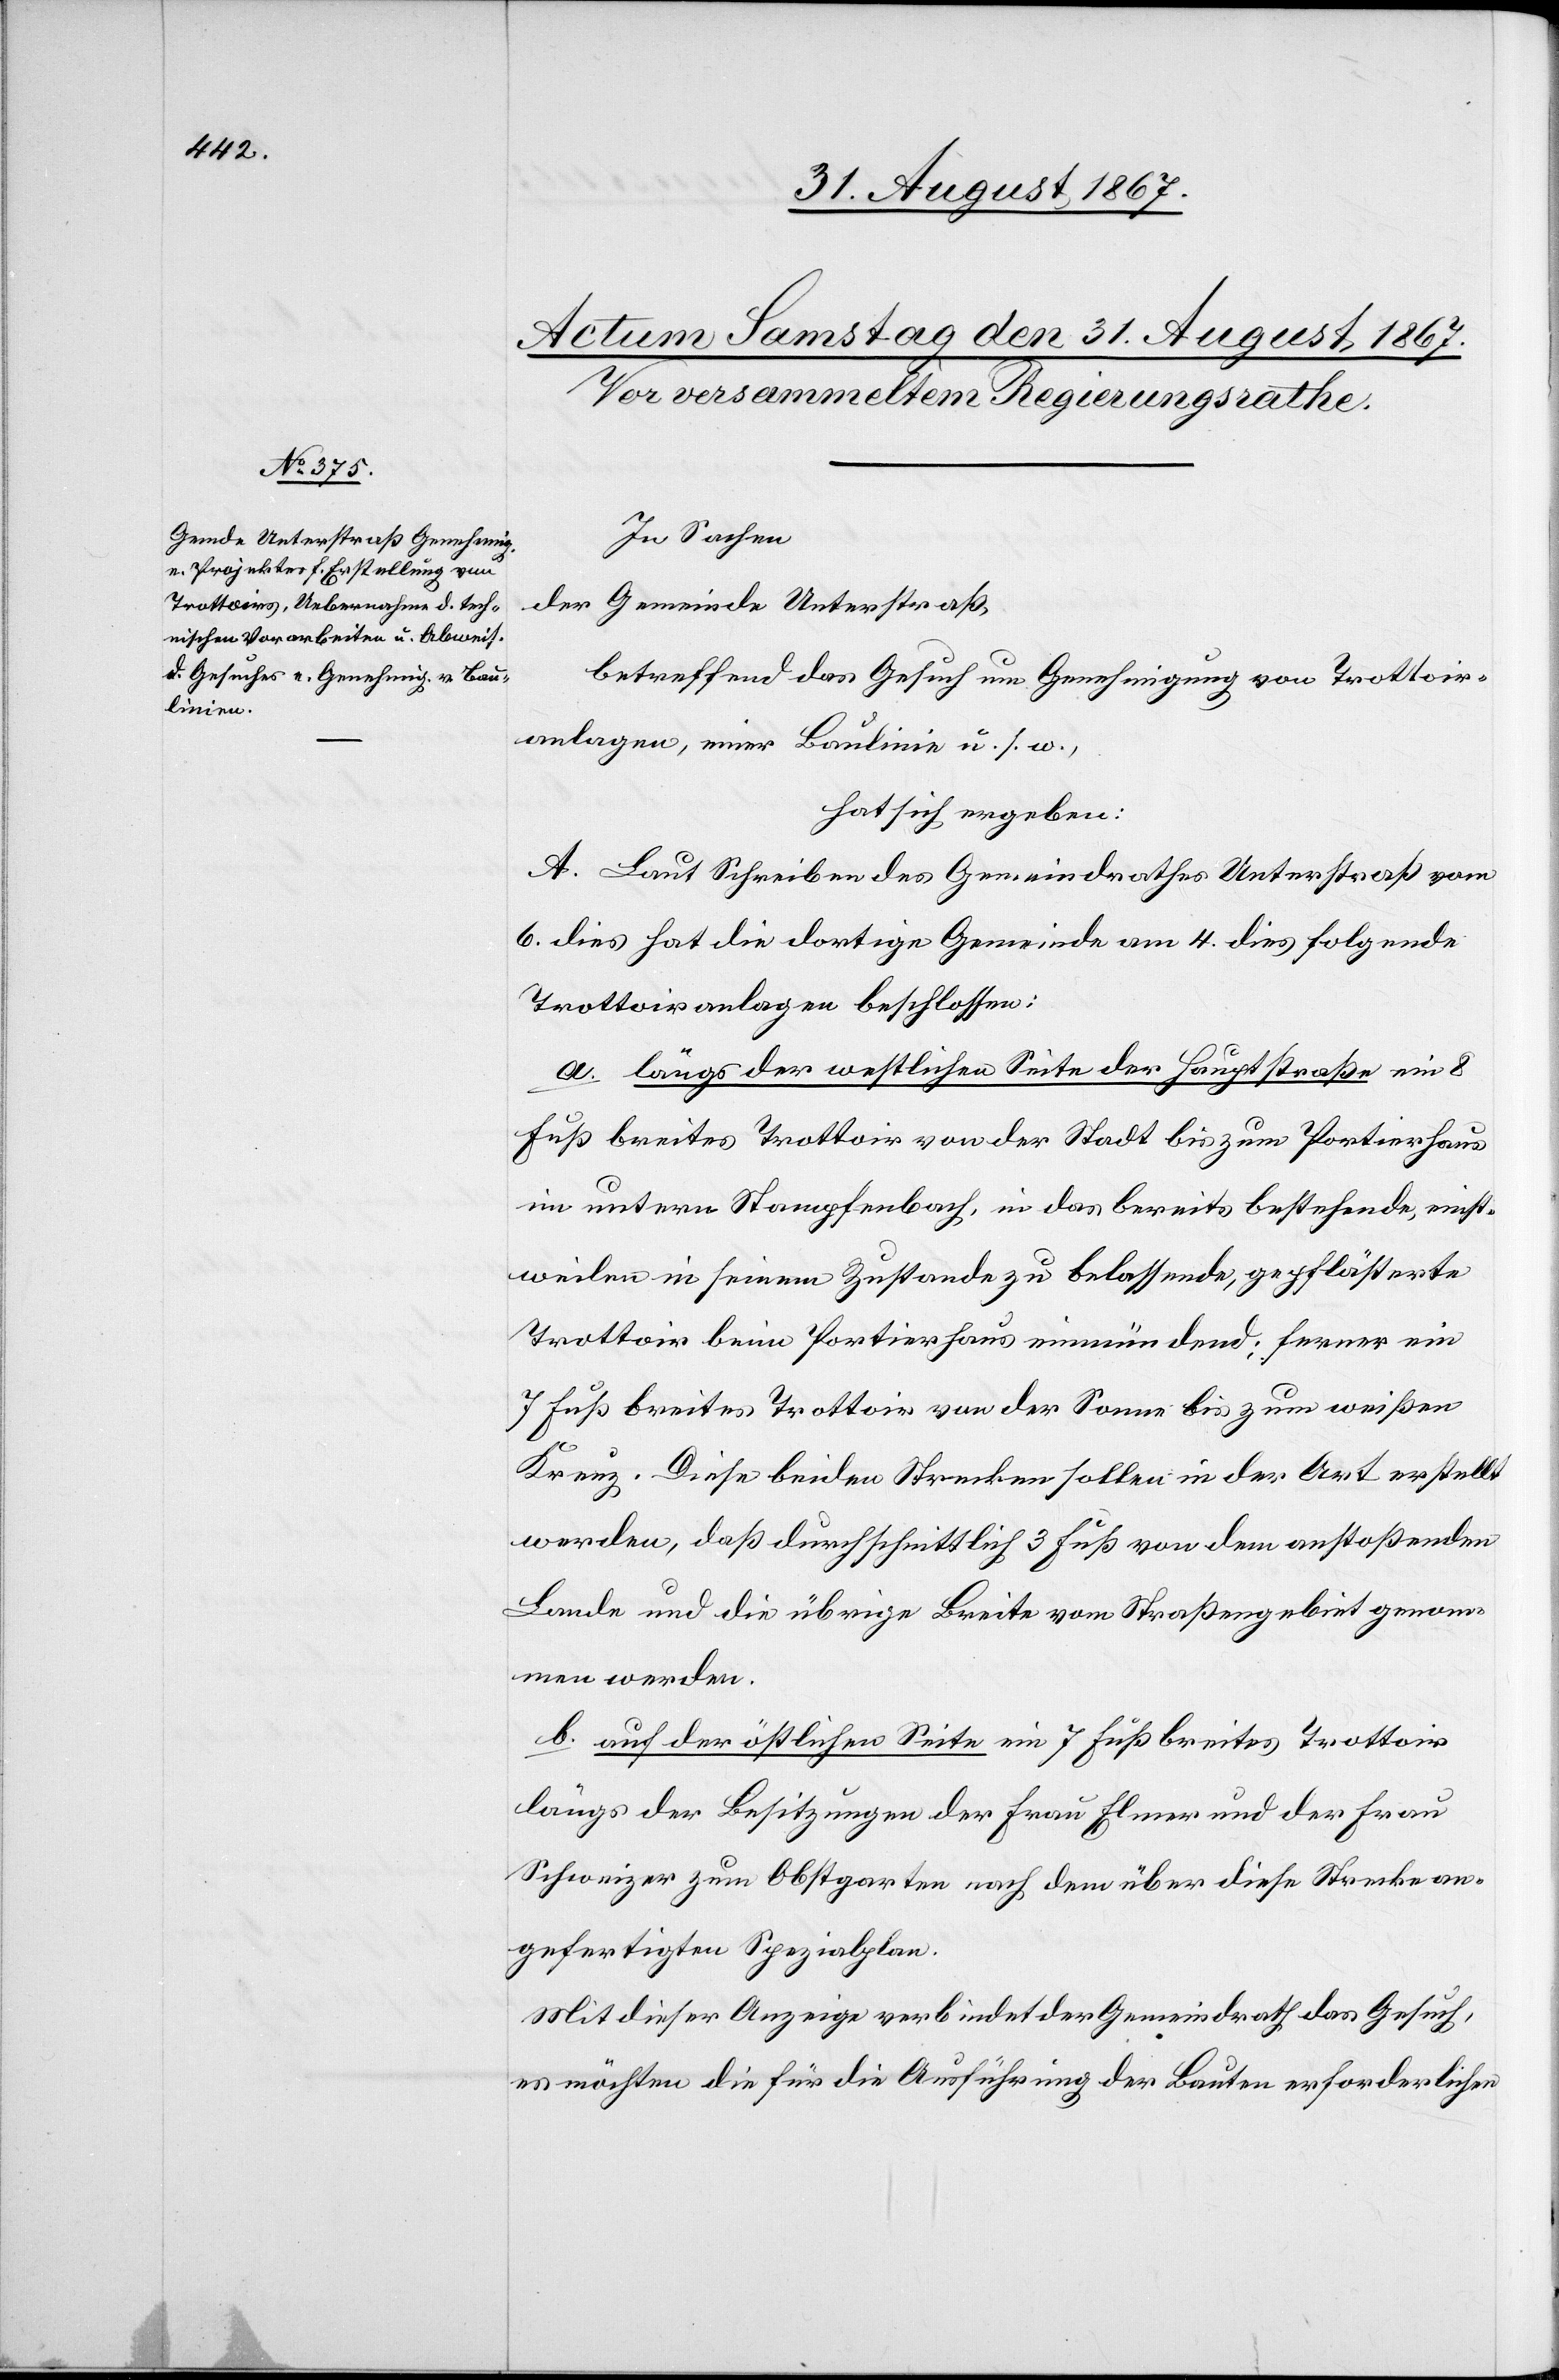
In Sachen
der Gemeinde Unterstraß,
betreffend das Gesuch um Genehmigung von Trottoir¬
anlagen, einer Baulinie, u. s. w.,
hat sich ergeben:
A. Laut Schreiben des Gemeindrathes Unterstraß vom
6. dies hat die dortige Gemeinde am 4. dies folgende
Trottoiranlagen beschlossen:
a. längs der westlichen Seite der Hauptstraße ein 8
Fuß breites Trottoir von der Stadt bis zum Portierhaus
im untern Stampfenbach, in das bereits bestehende, einst¬
weilen in seinem Zustande zu belassende, gepflästerte
Trottoir beim Portierhaus einmündend; ferner ein
7 Fuß breites Trottoir von der Sonne bis zum weißen
Kreuz. Diese beiden Strecken sollen in der Art erstellt
werden, daß durchschnittlich 3 Fuß von dem anstoßenden
Lande und die übrige Breite vom Straßengebiet genom¬
men werden.
b. auf der östlichen Seite ein 7 Fuß breites Trottoir
längs der Besitzungen der Frau Elmer und der Frau
Schweizer zum Obstgarten nach dem über diese Strecke an¬
gefertigten Spezialplan.
Mit dieser Anzeige verbindet der Gemeindrath das Gesuch,
es möchten die für die Ausführung der Bauten erforderlichen